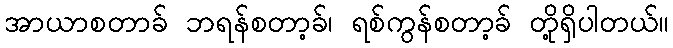
အာယာစတာခ် ဘရန်စတာ့ခ်၊ ရစ်ကွန်စတာ့ခ် တို့ရှိပါတယ်။